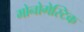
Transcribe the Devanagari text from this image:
मोनोगेस्टिक